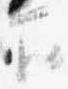
下